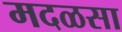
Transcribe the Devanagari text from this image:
मदळसा